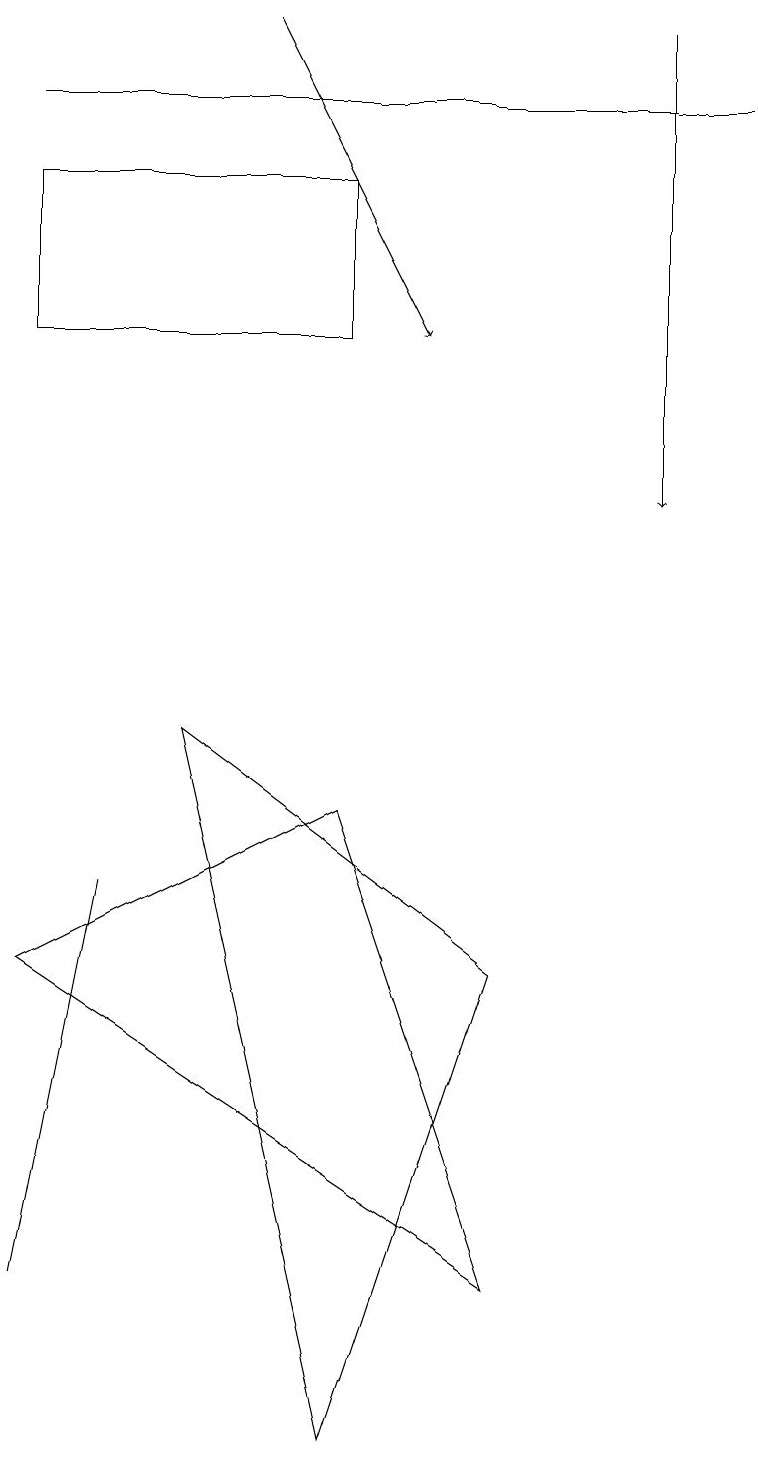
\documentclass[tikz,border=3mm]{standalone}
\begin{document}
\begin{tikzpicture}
\draw (1,7) -- (0,2) -- (0,2) -- cycle;
\draw[->] (8,18) -- (8,12);
\draw (0,17) rectangle (9,17);
\draw (4,0) -- (2,9) -- (6,6) -- cycle;
\draw (4,14) rectangle (0,16);
\draw[->] (3,18) -- (5,14);
\draw (4,8) -- (6,2) -- (0,6) -- cycle;
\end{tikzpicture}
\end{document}